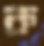
ক